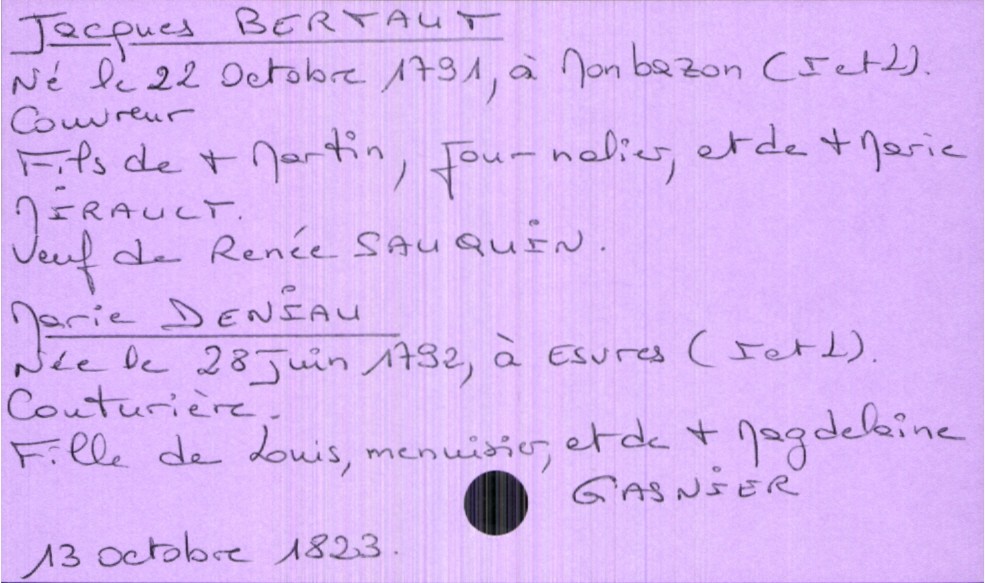
type_acte: Mariage
année: 1823
mois: octobre
jour: 13
marié_nom: Bertaut
marié_prénom: Jacques
marié_profession: couvreur
marié_date_de_naissance: 22 octobre 1791
marié_lieu_de_naissance: Monbazon (Indre et Loire)
marié_statut: veuf
père_marié_nom: Bertaut
père_marié_prénom: Martin
père_marié_profession: journalier
père_marié_statut: décédé
mère_marié_nom: Mirault
mère_marié_prénom: Marie
mère_marié_statut: décédée
mariée_nom: Deniau
mariée_prénom: Marie
mariée_profession: couturière
mariée_date_de_naissance: 28 juin 1792
mariée_lieu_de_naissance: Esvres (Indre et Loire)
père_mariée_nom: Deniau
père_mariée_prénom: Louis
mère_mariée_nom: Gasnier
mère_mariée_prénom: Magdeleine
mère_mariée_statut: décédée